Civil Veterinary Department. Madras. Admin. report 1910-25 - 1910-1925
Year: 1910
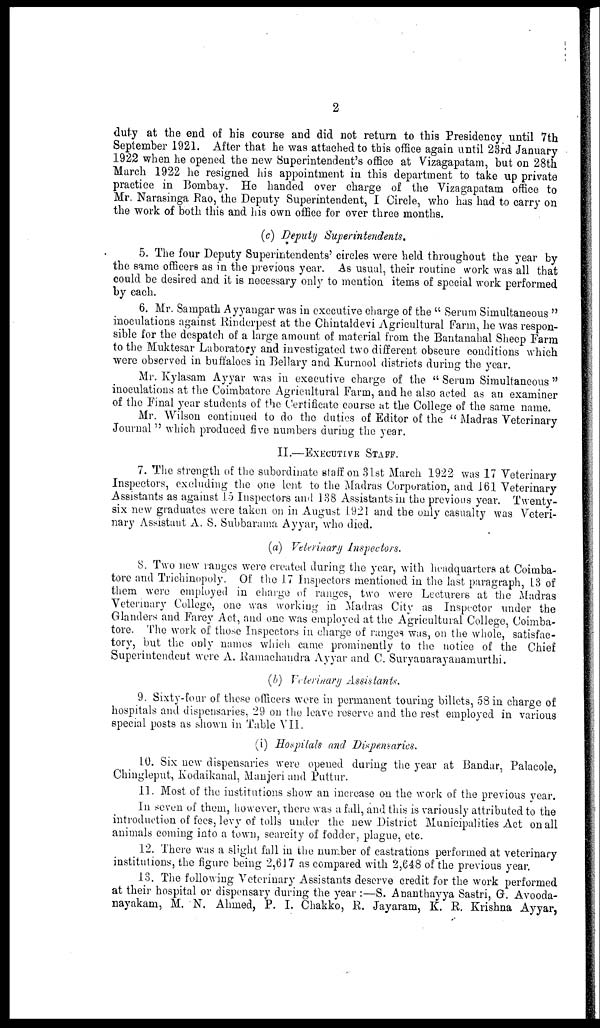
2
duty at the end of his course and did not return to this Presidency until 7th
September 1921. After that he was attached to this office again until 23rd January
1922 when he opened the new Superintendent's office at Vizagapatam, but on 28th
March 1922 he resigned his appointment in this department to take up private
practice in Bombay. He handed over charge of the Vizagapatam office to
Mr, Narasinga Rao, the Deputy Superintendent, I Circle, who has had to carry on
the work of both this and his own office for over three months.
(c) Deputy Superintendents.
5. The four Deputy Superintendents' circles were held throughout the year by
the same officers as in the previous year. As usual, their routine work was all that
could be desired and it is necessary only to mention items of special work performed
by each.
6. Mr. Sampath Ayyangar was in executive charge of the "Serum Simultaneous"
inoculations against Rinderpest at the Chintaldevi Agricultural Farm, he was respon-
sible for the despatch of a large amount of material from the Bantanahal Sheep Farm
to the Muktesar Laboratory and investigated two different obscure conditions which
were observed in buffaloes in Bellary and Kurnool districts during the year.
Mr. Kylasam Ayyar was in executive charge of the "Serum Simultaneous"
inoculations at the Coimbatore Agricultural Farm, and he also acted as an examiner
of the Final year students of the Certificate course at the College of the same name.
Mr. Wilson continued to do the duties of Editor of the "Madras Veterinary
Journal" which produced five numbers during the year.
II.—EXECUTIVE STAFF.
7. The strength of the subordinate staff on 31st March 1922 was 17 Veterinary
Inspectors, excluding the one lent to the Madras Corporation, and 161 Veterinary
Assistants as against 15 Inspectors and 138 Assistants in the previous year. Twenty-
six new graduates were taken on in August 1921 and the only casualty was Veteri-
nary Assistant A. S. Subbarama Ayyar, who died.
(a) Veterinary Inspectors.
8. Two new ranges were created during the year, with headquarters at Coimba-
tore and Trichinopoly. Of the 17 Inspectors mentioned in the last paragraph, 13 of
them were employed in charge of ranges, two were Lecturers at the Madras
Veterinary College, one was working in Madras City as Inspector under the
Glanders and Farcy Act, and one was employed at the Agricultural College, Coimba-
tore. The work of those Inspectors in charge of ranges was, on the whole, satisfac-
tory, but the only names which came prominently to the notice of the Chief
Superintendent were A. Ramachandra Ayyar and C. Suryanarayanamurthi.
(b) Veterinary Assistants.
9. Sixty-four of these officers were in permanent touring billets, 58 in charge of
hospitals and dispensaries, 29 on the leave reserve and the rest employed in various
special posts as shown in Table VII.
(i) Hospitals and Dispensaries.
10. Six new dispensaries were opened during the year at Bandar, Palacole,
Chingleput, Kodaikanal, Manjeri and Puttur.
11. Most of the institutions show an increase on the work of the previous year.
In seven of them, however, there was a fall, and this is variously attributed to the
introduction of fees, levy of tolls under the new District Municipalities Act on all
animals coming into a town, scarcity of fodder, plague, etc.
12. There was a slight fall in the number of castrations performed at veterinary
institutions, the figure being 2,617 as compared with 2,648 of the previous year.
13. The following Veterinary Assistants deserve credit for the work performed
at their hospital or dispensary during the year :—S. Ananthayya Sastri, G. Avooda-
nayakam, M. N. Ahmed, P. I. Chakko, R. Jayaram, K. R. Krishna Ayyar,